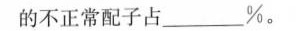
的不正常配子占___%。